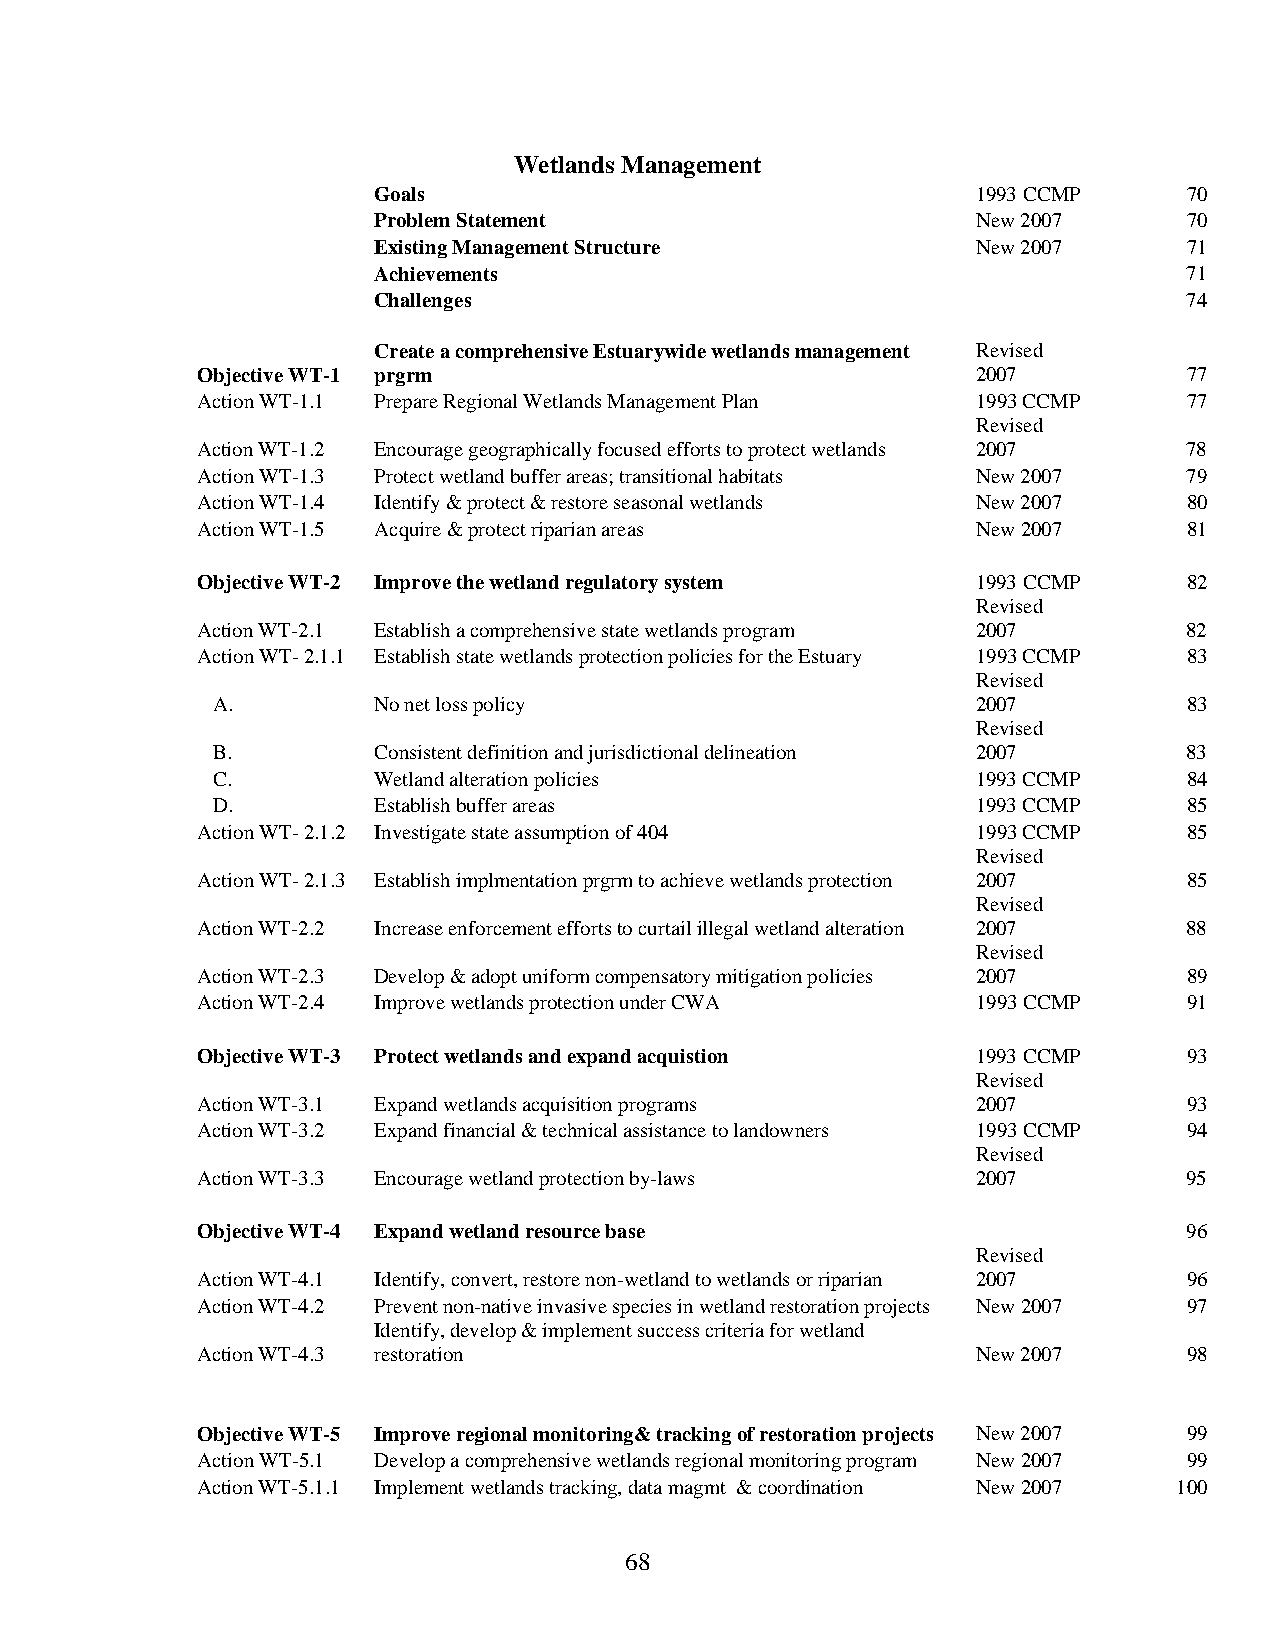
Wetlands Management
 Goals                                   1993 CCMP     70
 Problem Statement                       New 2007      70
 Existing Management Structure           New 2007      71
 Achievements                                          71
 Challenges                                            74
 Create a comprehensive Estuarywide wetlands management Revised
 Objective WT-1 prgrm                                2007          77
 Action WT-1.1 Prepare Regional Wetlands Management Plan 1993 CCMP 77
 Revised
 Action WT-1.2 Encourage geographically focused efforts to protect wetlands 2007 78
 Action WT-1.3 Protect wetland buffer areas; transitional habitats New 2007 79
 Action WT-1.4 Identify & protect & restore seasonal wetlands New 2007 80
 Action WT-1.5 Acquire & protect riparian areas      New 2007      81
 Objective WT-2 Improve the wetland regulatory system 1993 CCMP    82
 Revised
 Action WT-2.1 Establish a comprehensive state wetlands program 2007 82
 Action WT- 2.1.1 Establish state wetlands protection policies for the Estuary 1993 CCMP 83
 Revised
 A.         No net loss policy                      2007          83
 Revised
 B.         Consistent definition and jurisdictional delineation 2007 83
 C.         Wetland alteration policies             1993 CCMP     84
 D.         Establish buffer areas                  1993 CCMP     85
 Action WT- 2.1.2 Investigate state assumption of 404 1993 CCMP    85
 Revised
 Action WT- 2.1.3 Establish implmentation prgrm to achieve wetlands protection 2007 85
 Revised
 Action WT-2.2 Increase enforcement efforts to curtail illegal wetland alteration 2007 88
 Revised
 Action WT-2.3 Develop & adopt uniform compensatory mitigation policies 2007 89
 Action WT-2.4 Improve wetlands protection under CWA 1993 CCMP     91
 Objective WT-3 Protect wetlands and expand acquistion 1993 CCMP   93
 Revised
 Action WT-3.1 Expand wetlands acquisition programs  2007          93
 Action WT-3.2 Expand financial & technical assistance to landowners 1993 CCMP 94
 Revised
 Action WT-3.3 Encourage wetland protection by-laws  2007          95
 Objective WT-4 Expand wetland resource base                       96
 Revised
 Action WT-4.1 Identify, convert, restore non-wetland to wetlands or riparian 2007 96
 Action WT-4.2 Prevent non-native invasive species in wetland restoration projects New 2007 97
 Identify, develop & implement success criteria for wetland
 Action WT-4.3 restoration                           New 2007      98
 Objective WT-5 Improve regional monitoring& tracking of restoration projects New 2007 99
 Action WT-5.1 Develop a comprehensive wetlands regional monitoring program New 2007 99
 Action WT-5.1.1 Implement wetlands tracking, data magmt & coordination New 2007 100
 68